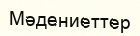
Мәдениеттер